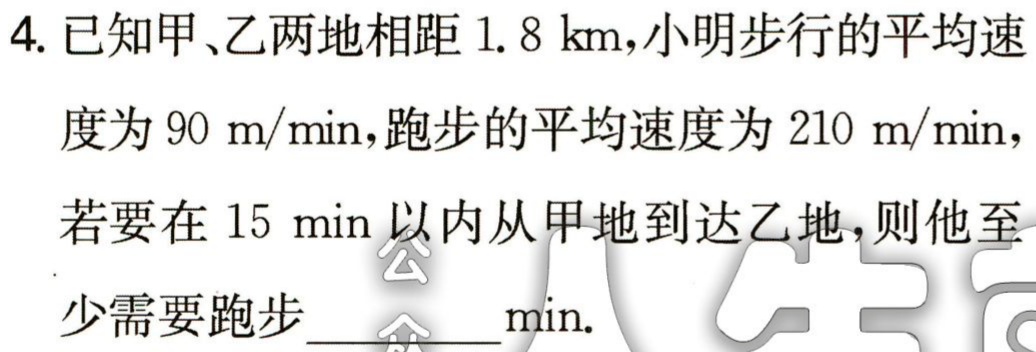
4. 已知甲、乙两地相距$1.8\ km$，小明步行的平均速度为$90\ m/\min$，跑步的平均速度为$210\ m/\min$，若要在$15\ \min$以内从甲地到达乙地，则他至少需要跑步  \_\_\_\_ $\min$.